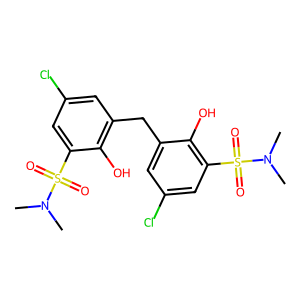
SMILES: CN(C)S(=O)(=O)c1cc(Cl)cc(Cc2cc(Cl)cc(S(=O)(=O)N(C)C)c2O)c1O
Inhibits HIV replication: No